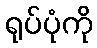
ရုပ်ပုံကို